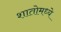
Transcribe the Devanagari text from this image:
शातोमध्ये